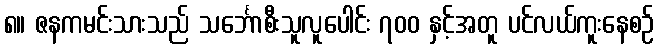
၈။ ဇနကမင်းသားသည် သင်္ဘောစီးသူလူပေါင်း ၇၀၀ နှင့်အတူ ပင်လယ်ကူးနေစဉ်